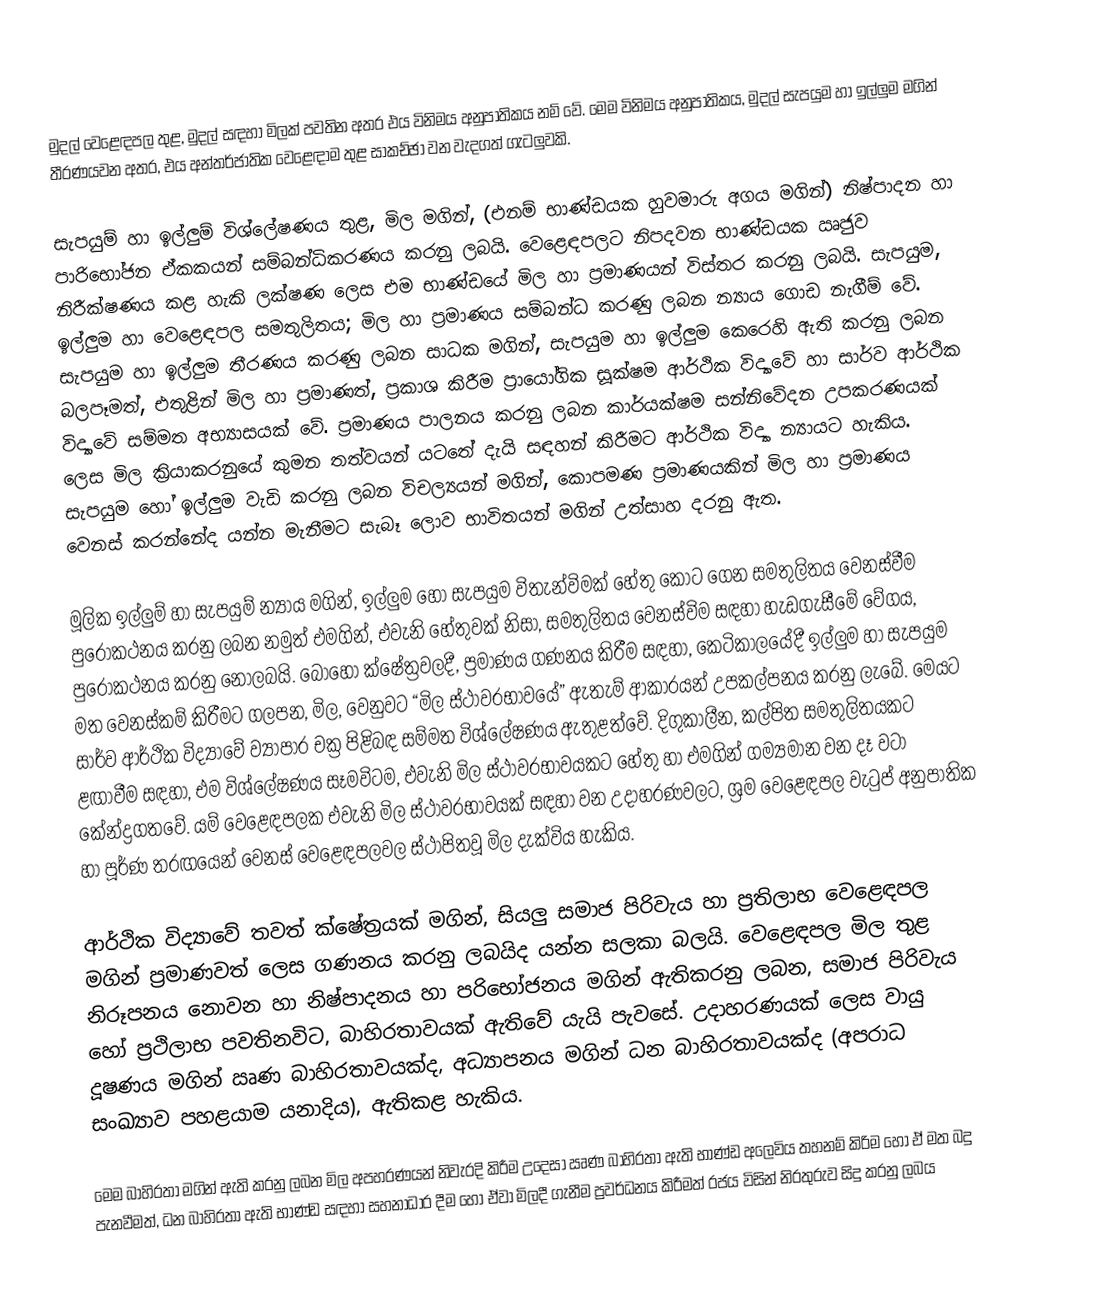
මුදල් වෙළෙඳපල තුළ, මුදල් සඳහා මිලක් පවතින අතර එය විනිමය අනුපාතිකය නම් වේ. මෙම විනිමය අනුපාතිකය, මුදල් සැපයුම හා ඉල්ලුම මගින් තීරණයවන අතර, එය අන්තර්ජාතික වෙළෙඳාම තුළ සාකච්ඡා වන වැදගත් ගැටලුවකි.

සැපයුම් හා ඉල්ලුම් විශ්ලේෂණය තුළ, මිල මගින්, (එනම් භාණ්ඩයක හුවමාරු අගය මගින්) නිෂ්පාදන හා පාරිභෝජන ඒකකයන් සම්බන්ධිකරණය කරනු ලබයි. වෙළෙඳපලට නිපදවන භාණ්ඩයක ඍජුව නිරීක්ෂණය කළ හැකි ලක්ෂණ ලෙස එම භාණ්ඩයේ මිල හා ප්‍රමාණයන් විස්තර කරනු ලබයි. සැපයුම, ඉල්ලුම හා වෙළෙඳපල සමතුලිතය; මිල හා ප්‍රමාණය සම්බන්ධ කරණු ලබන න්‍යාය ගොඩ නැගීම් වේ. සැපයුම හා ඉල්ලුම තීරණය කරණු ලබන සාධක මගින්, සැපයුම හා ඉල්ලුම කෙරෙහි ඇති කරනු ලබන බලපෑමත්, එතුළින් මිල හා ප්‍රමාණත්, ප්‍රකාශ කිරීම ප්‍රායෝගික සූක්ෂම ආර්ථික විද්‍යාවේ හා සාර්ව ආර්ථික විද්‍යාවේ සම්මත අභ්‍යාසයක් වේ. ප්‍රමාණය පාලනය කරනු ලබන කාර්යක්ෂම සන්නිවේදන උපකරණයක් ලෙස මිල ක්‍රියාකරනුයේ කුමන තත්වයන් යටතේ දැයි සඳහන් කිරීමට ආර්ථික විද්‍යා න්‍යායට හැකිය. සැපයුම හෝ ඉල්ලුම වැඩි කරනු ලබන විචල්‍යයන් මගින්, කොපමණ ප්‍රමාණයකින් මිල හා ප්‍රමාණය වෙනස් කරන්නේද යන්න මැනීමට සැබෑ ලොව භාවිතයන් මගින් උත්සාහ දරනු ඇත.

මූලික ඉල්ලුම් හා සැපයුම් න්‍යාය මගින්, ඉල්ලුම හෝ සැපයුම විතැන්විමක් හේතු කොට ගෙන සමතුලිතය වෙනස්වීම පුරෝකථනය කරනු ලබන නමුත් එමගින්, එවැනි හේතුවක් නිසා, සමතුලිතය වෙනස්විම සඳහා හැඩගැසීමේ වේගය, පුරෝකථනය කරනු නොලබයි. බොහෝ ක්ෂේත්‍රවලදී, ප්‍රමාණය ගණනය කිරීම සඳහා, කෙටිකාලයේදී ඉල්ලුම හා සැපයුම මත වෙනස්කම් කිරීමට ගලපන, මිල, වෙනුවට “මිල ස්ථාවරභාවයේ” ඇතැම් ආකාරයන් උපකල්පනය කරනු ලැබේ. මෙයට සාර්ව ආර්ථික විද්‍යාවේ ව්‍යාපාර චක්‍ර පිළිබඳ සම්මත විශ්ලේෂණය ඇතුළත්වේ. දිගුකාලීන, කල්පිත සමතුලිතයකට ළඟාවීම සඳහා, එම විශ්ලේෂණය සෑමවිටම, එවැනි මිල ස්ථාවරභාවයකට හේතු හා එමගින් ගම්‍යමාන වන දෑ වටා කේන්ද්‍රගතවේ. යම් වෙළෙඳපලක එවැනි මිල ස්ථාවරභාවයක් සඳහා වන උදාහරණවලට, ශ්‍රම වෙළෙඳපල වැටුප් අනුපාතික හා පූර්ණ තරඟයෙන් වෙනස් වෙළෙඳපලවල ස්ථාපිතවූ මිල දැක්විය හැකිය.

ආර්ථික විද්‍යාවේ තවත් ක්ෂේත්‍රයක් මගින්, සියලු සමාජ පිරිවැය හා ප්‍රතිලාභ වෙළෙඳපල මගින් ප්‍රමාණවත් ලෙස ගණනය කරනු ලබයිද යන්න සලකා බලයි. වෙළෙඳපල මිල තුළ නිරූපනය නොවන හා නිෂ්පාදනය හා පරිභෝජනය මගින් ඇතිකරනු ලබන, සමාජ පිරිවැය හෝ ප්‍රථිලාභ පවතිනවිට, බාහිරතාවයක් ඇතිවේ යැයි පැවසේ. උදාහරණයක් ලෙස වායු දූෂණය මගින් ඍණ බාහිරතාවයක්ද, අධ්‍යාපනය මගින් ධන බාහිරතාවයක්ද (අපරාධ සංඛ්‍යාව පහළයාම යනාදිය), ඇතිකළ හැකිය.

මෙම බාහිරතා මගින් ඇති කරනු ලබන මිල අපහරණයන් නිවැරදි කිරීම උදෙසා ඍණ බාහිරතා ඇති භාණ්ඩ අලෙවිය තහනම් කිරිම හෝ ඒ මත බදු පැනවීමත්, ධන බාහිරතා ඇති භාණ්ඩ සඳහා සහනාධාර දීම හෝ ඒවා මිලදී ගැනීම ප්‍රවර්ධනය කිරීමත් රජය විසින් නිරතුරුව සිදු කරනු ලබය